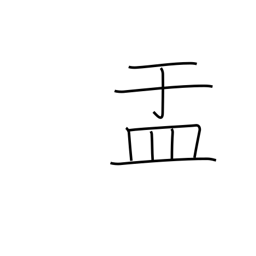
Meaning: bowl